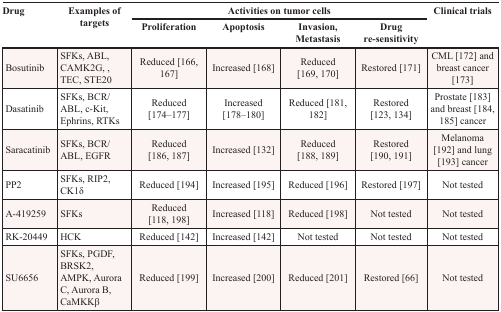
<table><thead><tr><td rowspan="2"><b>Drug</b></td><td rowspan="2"><b>Examples of targets</b></td><td colspan="4"><b>Activities on tumor cells</b></td><td rowspan="2"><b>Clinical trials</b></td></tr><tr><td><b>Proliferation</b></td><td><b>Apoptosis</b></td><td><b>Invasion, Metastasis</b></td><td><b>Drug re-sensitivity</b></td></tr></thead><tbody><tr><td>Bosutinib</td><td>SFKs, ABL, CAMK2G, TEC, STE20</td><td>Reduced [166, 167]</td><td>Increased [168]</td><td>Reduced [169, 170]</td><td>Restored [171]</td><td>CML [172] and breast cancer [173]</td></tr><tr><td>Dasatinib</td><td>SFKs, BCR/ABL, c-Kit, Ephrins, RTKs</td><td>Reduced [174–177]</td><td>Increased [178–180]</td><td>Reduced [181, 182]</td><td>Restored [123, 134]</td><td>Prostate [183] and breast [184, 185] cancer</td></tr><tr><td>Saracatinib</td><td>SFKs, BCR/ABL, EGFR</td><td>Reduced [186, 187]</td><td>Increased [132]</td><td>Reduced [188, 189]</td><td>Restored [190, 191]</td><td>Melanoma [192] and lung [193] cancer</td></tr><tr><td>PP2</td><td>SFKs, RIP2, CK1δ</td><td>Reduced [194]</td><td>Increased [195]</td><td>Reduced [196]</td><td>Restored [197]</td><td>Not tested</td></tr><tr><td>A-419259</td><td>SFKs</td><td>Reduced [118, 198]</td><td>Increased [118]</td><td>Reduced [198]</td><td>Not tested</td><td>Not tested</td></tr><tr><td>RK-20449</td><td>HCK</td><td>Reduced [142]</td><td>Increased [142]</td><td>Not tested</td><td>Not tested</td><td>Not tested</td></tr><tr><td>SU6656</td><td>SFKs, PGDF, BRSK2, AMPK, Aurora C, Aurora B, CaMKKβ</td><td>Reduced [199]</td><td>Increased [200]</td><td>Reduced [201]</td><td>Restored [66]</td><td>Not tested</td></tr></tbody></table>